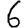
Digit: 6